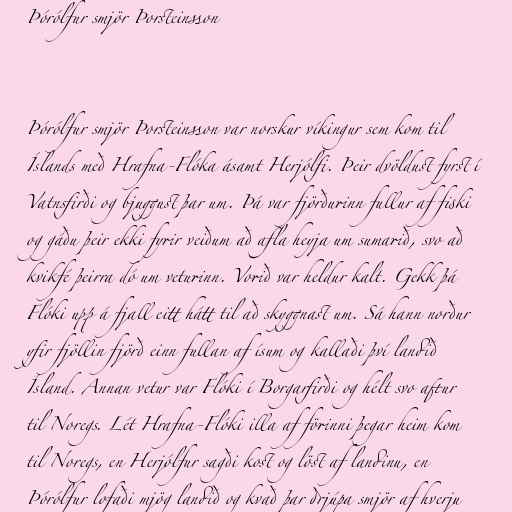
Þórólfur smjör Þorsteinsson

Þórólfur smjör Þorsteinsson var norskur víkingur sem kom til
Íslands með Hrafna-Flóka ásamt Herjólfi. Þeir dvöldust fyrst í
Vatnsfirði og bjuggust þar um. Þá var fjörðurinn fullur af fiski
og gáðu þeir ekki fyrir veiðum að afla heyja um sumarið, svo að
kvikfé þeirra dó um veturinn. Vorið var heldur kalt. Gekk þá
Flóki upp á fjall eitt hátt til að skyggnast um. Sá hann norður
yfir fjöllin fjörð einn fullan af ísum og kallaði því landið
Ísland. Annan vetur var Flóki í Borgarfirði og hélt svo aftur
til Noregs. Lét Hrafna-Flóki illa af förinni þegar heim kom
til Noregs, en Herjólfur sagði kost og löst af landinu, en
Þórólfur lofaði mjög landið og kvað þar drjúpa smjör af hverju